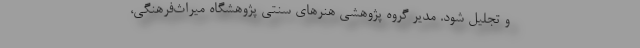
و تجلیل شود. مدیر گروه پژوهشی هنرهای سنتی پژوهشگاه میراث‌فرهنگی،